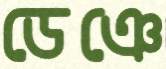
ডেঞে